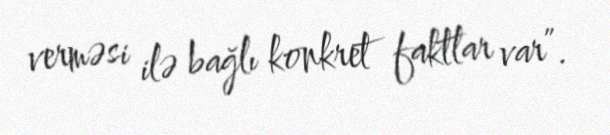
verməsi ilə bağlı konkret faktlar var”.